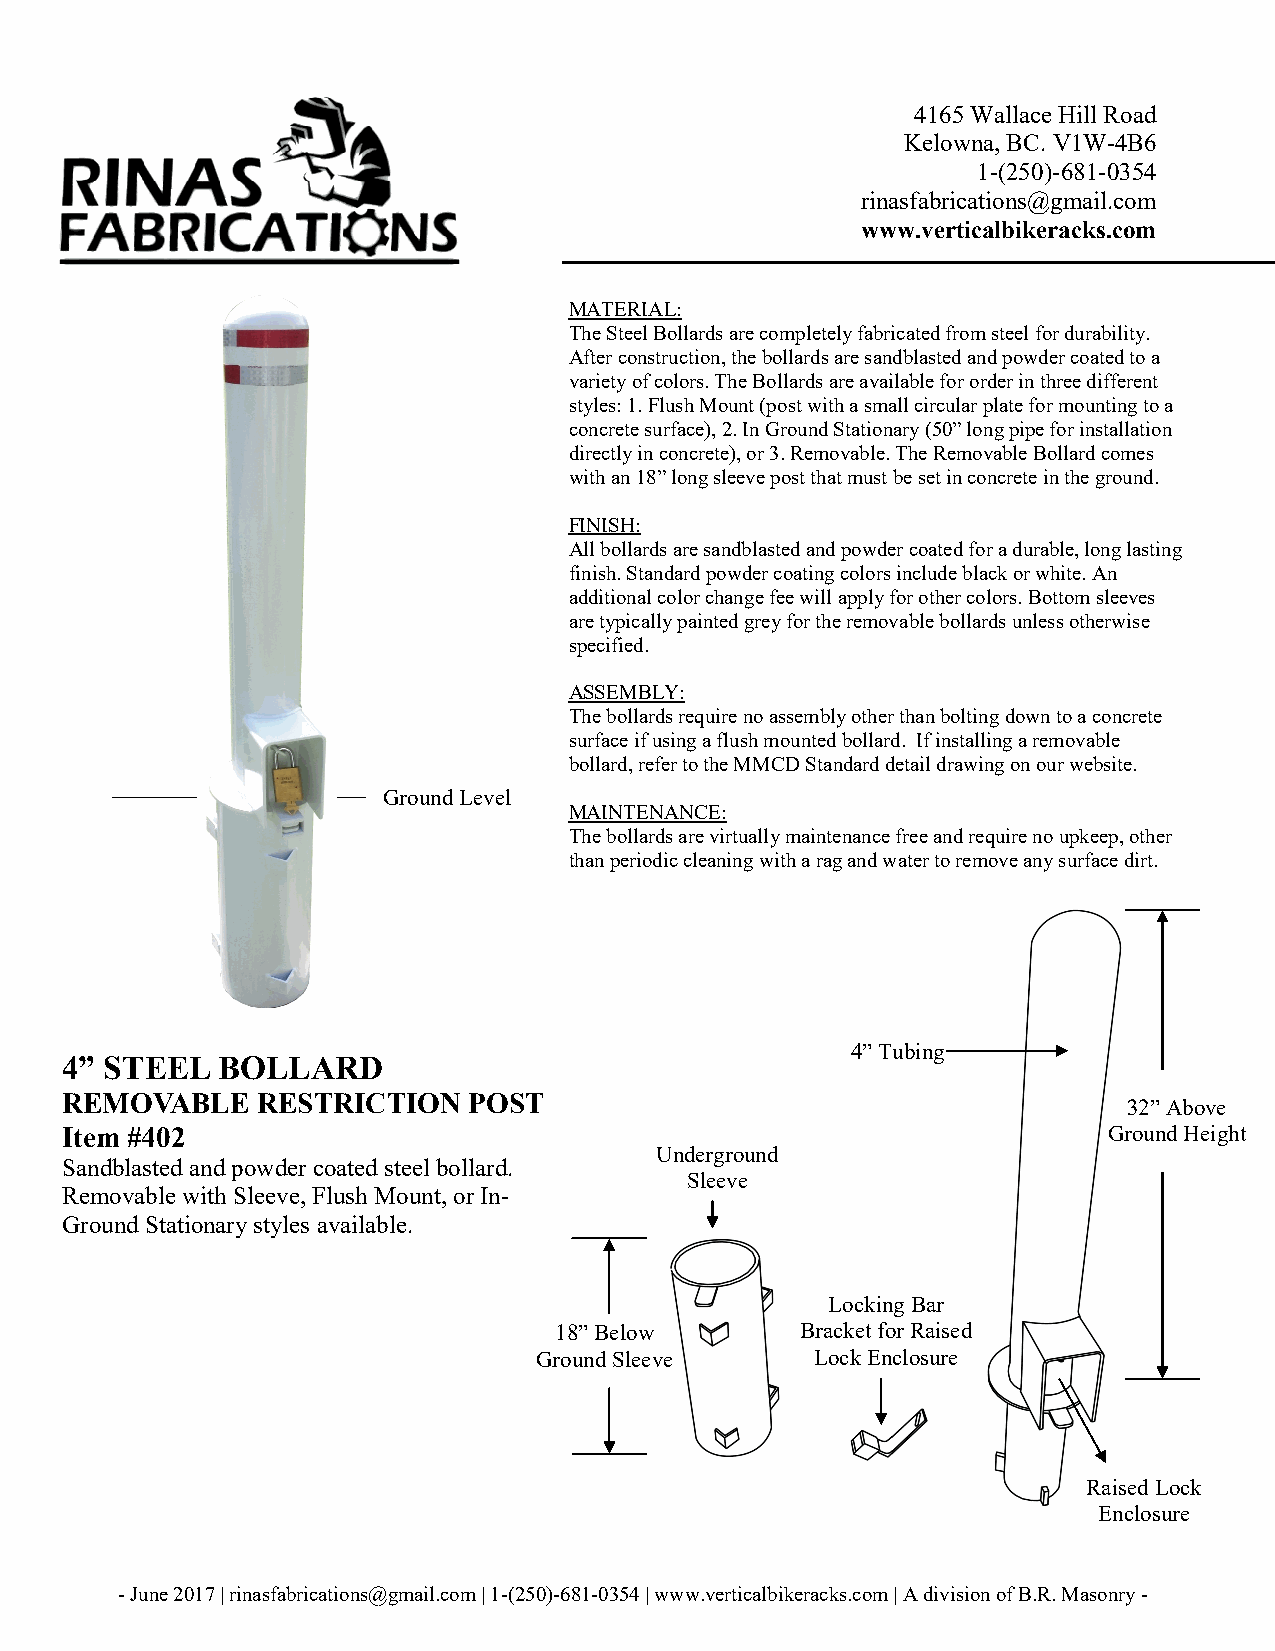
4165 Wallace Hill Road
 Kelowna, BC. V1W-4B6
 1-(250)-681-0354
 rinasfabrications@gmail.com
 www.verticalbikeracks.com
 MATERIAL:
 The Steel Bollards are completely fabricated from steel for durability.
 After construction, the bollards are sandblasted and powder coated to a
 variety of colors. The Bollards are available for order in three different
 styles: 1. Flush Mount (post with a small circular plate for mounting to a
 concrete surface), 2. In Ground Stationary (50” long pipe for installation
 directly in concrete), or 3. Removable. The Removable Bollard comes
 with an 18” long sleeve post that must be set in concrete in the ground.
 FINISH:
 All bollards are sandblasted and powder coated for a durable, long lasting
 finish. Standard powder coating colors include black or white. An
 additional color change fee will apply for other colors. Bottom sleeves
 are typically painted grey for the removable bollards unless otherwise
 specified.
 ASSEMBLY:
 The bollards require no assembly other than bolting down to a concrete
 surface if using a flush mounted bollard. If installing a removable
 bollard, refer to the MMCD Standard detail drawing on our website.
 Ground Level
 MAINTENANCE:
 The bollards are virtually maintenance free and require no upkeep, other
 than periodic cleaning with a rag and water to remove any surface dirt.
 4” Tubing
 4” STEEL  BOLLARD
 REMOVABLE    RESTRICTION   POST
 32” Above
 Item #402                                                            Ground Height
 Underground
 Sandblasted and powder coated steel bollard.
 Sleeve
 Removable with Sleeve, Flush Mount, or In-
 Ground Stationary styles available.
 Locking Bar
 18” Below       Bracket for Raised
 Ground Sleeve     Lock Enclosure
 Raised Lock
 Enclosure
 - June 2017 | rinasfabrications@gmail.com | 1-(250)-681-0354 | www.verticalbikeracks.com | A division of B.R. Masonry -